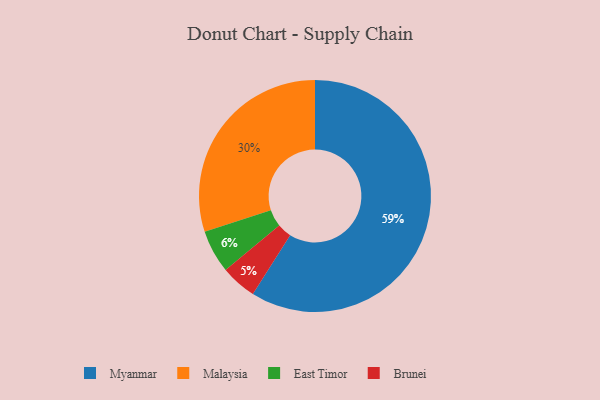
{"axis": {"x": "Category", "y": "Percentage"}, "legend": ["Brunei", "East Timor", "Malaysia", "Myanmar"], "data": [{"x": "Brunei", "y": 5, "type": "Brunei"}, {"x": "East Timor", "y": 6, "type": "East Timor"}, {"x": "Malaysia", "y": 30, "type": "Malaysia"}, {"x": "Myanmar", "y": 59, "type": "Myanmar"}]}